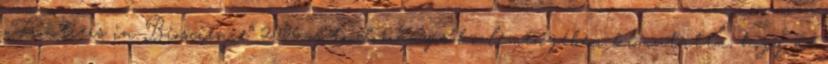
„Frontiers in Bioscience” 2006-os tudományos közleményében kimutatta, hogy az